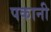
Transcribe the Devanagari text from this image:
पकानी